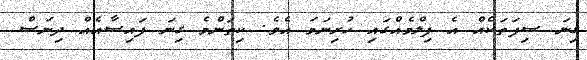
ގިނަ ސިފަތަކެއް އެ ފިލްމެއްގައި ހުރިނަމަ އެވެ. ކިތަންމެ ގިނަ ފައިސާއެއް ދިނަސް